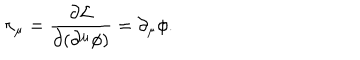
LaTeX: \pi _ { \mu } = \frac { \partial { \cal L } } { \partial ( \partial ^ { \mu } \phi ) } = \partial _ { \mu } \phi .